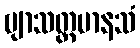
ဗျာသတ္တမာနသံ